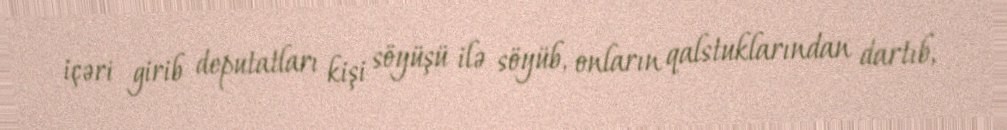
içəri girib deputatları kişi söyüşü ilə söyüb, onların qalstuklarından dartıb,